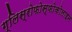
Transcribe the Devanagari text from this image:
ग्लिस्रोफोस्फोकोलाइन